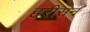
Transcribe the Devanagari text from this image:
हरीसन